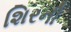
શિરની